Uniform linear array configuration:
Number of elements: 48
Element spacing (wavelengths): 0.75
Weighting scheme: exponential
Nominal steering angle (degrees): -60
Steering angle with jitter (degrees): -61.43
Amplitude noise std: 0.05
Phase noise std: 0.05

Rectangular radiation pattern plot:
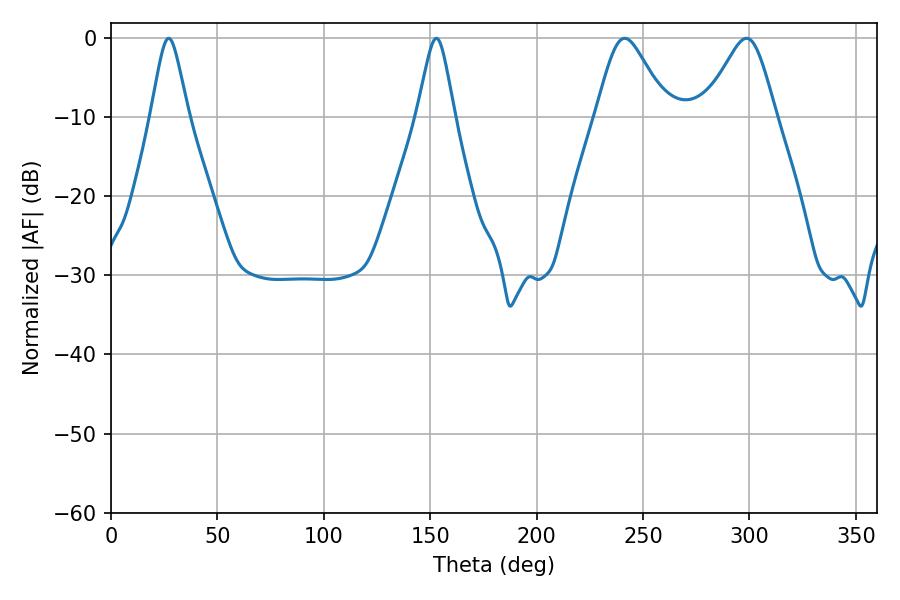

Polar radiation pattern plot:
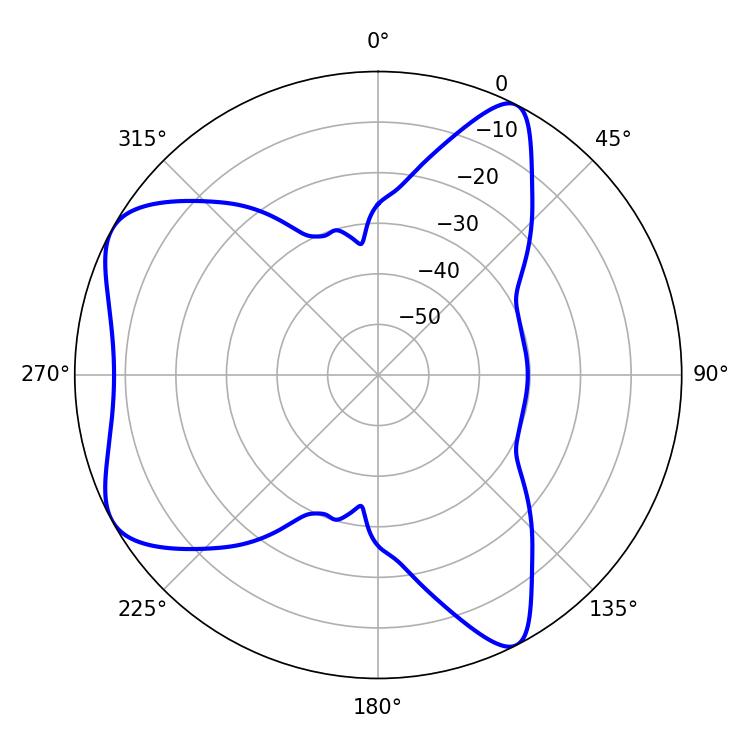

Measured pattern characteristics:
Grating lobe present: TRUE
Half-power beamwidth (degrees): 16.38
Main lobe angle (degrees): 241.38